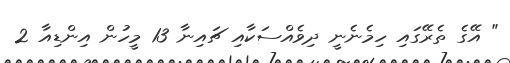
" އޭގެ ތެރޭގައި ހިމެނެނީ ދިވެއްސަކާއި ޗައިނާ 13 މީހުން އިންޑިއާ 2